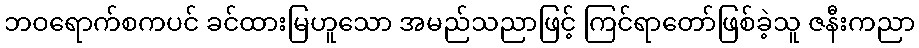
ဘဝရောက်စကပင် ခင်ထားမြဟူသော အမည်သညာဖြင့် ကြင်ရာတော်ဖြစ်ခဲ့သူ ဇနီးကညာ